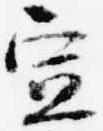
宣